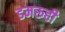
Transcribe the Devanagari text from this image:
डमरूही